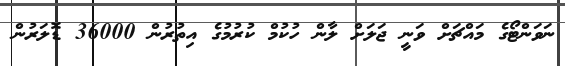
ނަވަންޓޯގެ މައްޗަށް ވަނީ ޖަލަށް ލާން ހުކުމް ކުރުމުގެ އިތުރުން 36000 ޑޮލަރުން